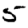
Digit: 5